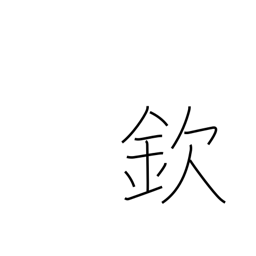
Meaning: respect